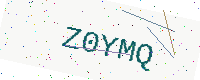
Text: Z0YMQ